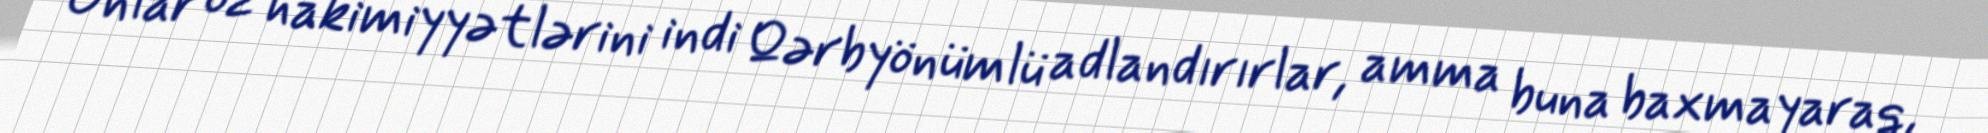
Onlar öz hakimiyyətlərini indi Qərbyönümlü adlandırırlar, amma buna baxmayaraq,